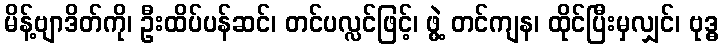
မိန့်ဗျာဒိတ်ကို၊ ဦးထိပ်ပန်ဆင်၊ တင်ပလ္လင်ဖြင့်၊ ဖွဲ့ တင်ကျန၊ ထိုင်ပြီးမှလျှင်၊ ဗုဒ္ဓ